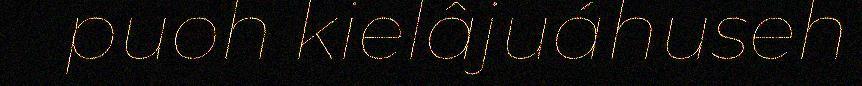
puoh kielâjuáhuseh